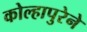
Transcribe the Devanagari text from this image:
कोल्हापुरेने